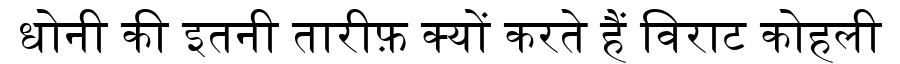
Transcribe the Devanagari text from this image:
धोनी की इतनी तारीफ़ क्यों करते हैं विराट कोहली